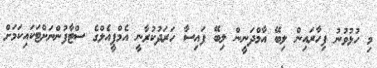
މި ހުޅުވުނު ފިހާރައިން ލިބޭ އާމްދަނީން ލިބޭ ފައިސާ ހަރަދުކުރާނީ އެމްޕީއެލްގެ ސްޓާފުންނަށްޓަކައިކަމަށް